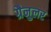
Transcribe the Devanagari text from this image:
ग्रैनुलर